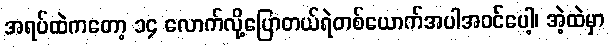
အရပ်ထဲကတော့ ၁၄ လောက်လို့ပြောတယ်ရဲတစ်ယောက်အပါအဝင်ပေါ့၊ အဲ့ထဲမှာ